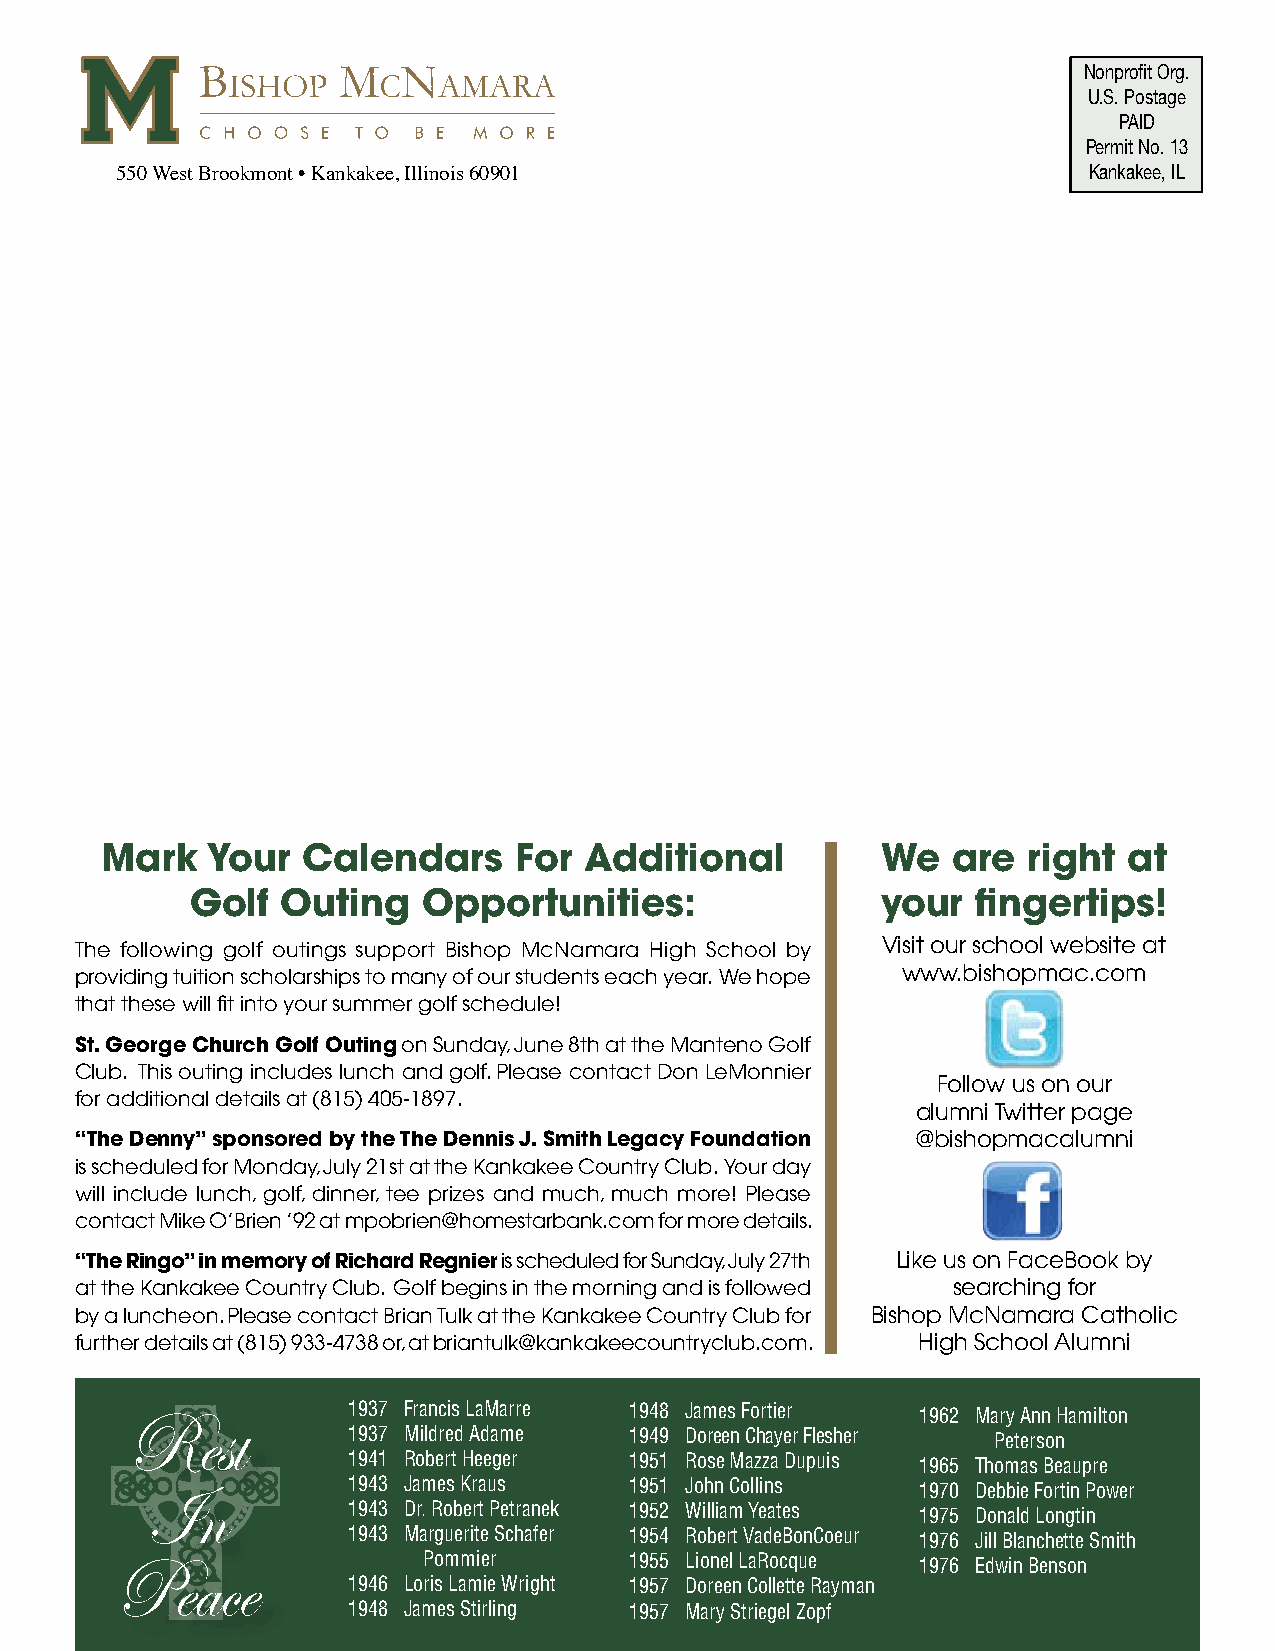
Nonprofit Org.
 U.S. Postage
 PAID
 Permit No. 13
 550 West Brookmont • Kankakee, Illinois 60901                   Kankakee, IL
 Mark   your  calendars     For  Additional         We   are  right  at
 golf  Outing   Opportunities:                your   fingertips!
 The following golf outings support Bishop McNamara High School by Visit our school website at
 providing tuition scholarships to many of our students each year. We hope www.bishopmac.com
 that these will fit into your summer golf schedule!
 St. george church golf Outing on Sunday, June 8th at the Manteno Golf
 Club. This outing includes lunch and golf. Please contact Don LeMonnier
 Follow us on our
 for additional details at (815) 405-1897.
 alumni Twitter page
 “The denny” sponsored by the The dennis J. Smith legacy Foundation @bishopmacalumni
 is scheduled for Monday, July 21st at the Kankakee Country Club. Your day
 will include lunch, golf, dinner, tee prizes and much, much more! Please
 contact Mike O’Brien ’92 at mpobrien@homestarbank.com for more details.
 “The ringo” in memory of richard regnier is scheduled for Sunday, July 27th Like us on FaceBook by
 at the Kankakee Country Club. Golf begins in the morning and is followed searching for
 by a luncheon. Please contact Brian Tulk at the Kankakee Country Club for Bishop McNamara Catholic
 further details at (815) 933-4738 or, at briantulk@kankakeecountryclub.com. High School Alumni
 Rest           1937 Francis LaMarre 1948 James Fortier 1962 Mary Ann Hamilton
 1937 Mildred Adame 1949 Doreen Chayer Flesher Peterson
 1941 Robert Heeger 1951 Rose Mazza Dupuis 1965 Thomas Beaupre
 In           1943 James Kraus   1951 John Collins  1970 Debbie Fortin Power
 1943 Dr. Robert Petranek 1952 William Yeates 1975 Donald Longtin
 1943 Marguerite Schafer 1954 Robert VadeBonCoeur 1976 Jill Blanchette Smith
 Peace               Pommier       1955 Lionel LaRocque 1976 Edwin Benson
 1946 Loris Lamie Wright 1957 Doreen Collette Rayman
 20  Irish Update  1948 James Stirling 1957 Mary Striegel Zopf    bishopmac.com